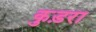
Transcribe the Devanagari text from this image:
कुड़रा